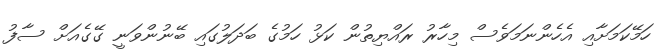
ހަމޭކަމަށާއި އެހެންނަމަވެސް މިހާރު ރައްޔިތުން ކަޅު ހަމުގެ ބަދަލުގައި ބޭނުންވަނީ ގޭގެއަށް ސާފު